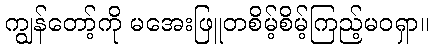
ကျွန်တော့်ကို မအေးဖြူတစိမ့်စိမ့်ကြည့်မဝရှာ။